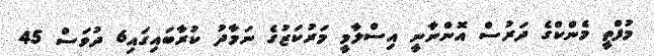
މުފްތީ މެންކްގެ ދަރުސް އޮންނާނީ އިސްލާމީ މަރުކަޒުގެ ނަމާދު ކުރާބައިގައި6 ދުވަސް 45